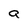
Character: a